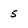
Character: 5